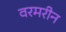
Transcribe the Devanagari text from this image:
वरमरीन